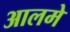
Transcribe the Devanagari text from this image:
आलमे